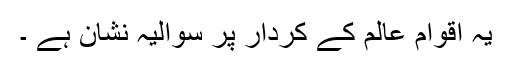
یہ اقوام عالم کے کردار پر سوالیہ نشان ہے ۔